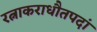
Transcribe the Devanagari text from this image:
रत्नाकराधौतपदां